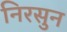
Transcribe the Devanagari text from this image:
निरसुन